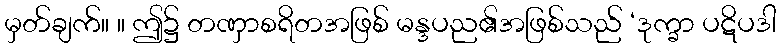
မှတ်ချက်။ ။ ဤ၌ တဏှာစရိတအဖြစ် မန္ဒပည၏အဖြစ်သည် ‘ဒုက္ခာ ပဋိပဒါ